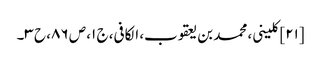
[۲۱] کلینی، محمد بن یعقوب، الکافی، ج ۱، ص ۸۶، ح ۳۔